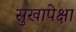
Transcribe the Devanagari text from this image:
सुखापेक्षा